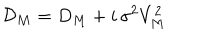
LaTeX: \mathcal { D } _ { M } = D _ { M } + i \, \sigma ^ { 2 } V _ { M } ^ { 2 }